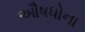
ઔષધોના